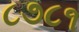
૮૭૮૧